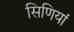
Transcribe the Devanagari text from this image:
सिणियां